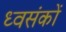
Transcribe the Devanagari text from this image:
ध्वसंकों